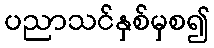
ပညာသင်နှစ်မှစ၍